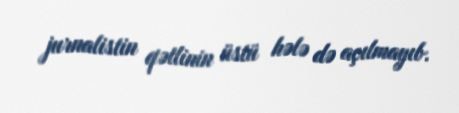
jurnalistin qətlinin üstü hələ də açılmayıb.